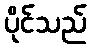
ပိုင်သည်